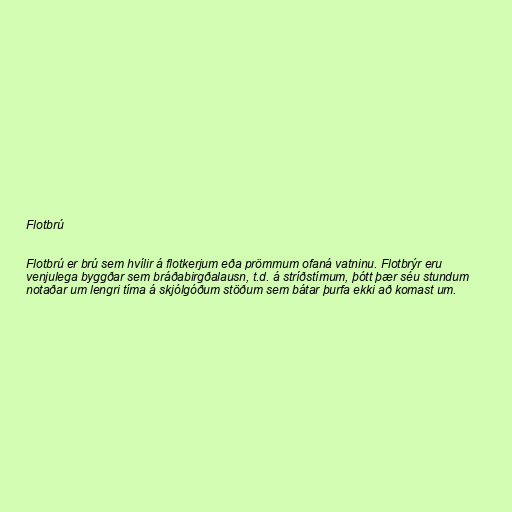
Flotbrú

Flotbrú er brú sem hvílir á flotkerjum eða prömmum ofaná vatninu. Flotbrýr eru
venjulega byggðar sem bráðabirgðalausn, t.d. á stríðstímum, þótt þær séu stundum
notaðar um lengri tíma á skjólgóðum stöðum sem bátar þurfa ekki að komast um.